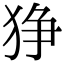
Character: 狰